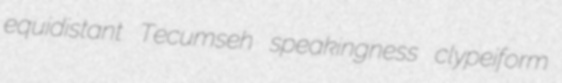
equidistant Tecumseh speakingness clypeiform